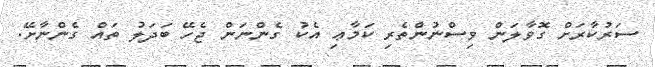
ސަރުކާރަށް ގޮވާލަން ވިސްނުންތެރި ކަމާޢި އެކު ގެންނަން ޖެހޭ ބަދަލު ތައް ގެންނާށޭ.